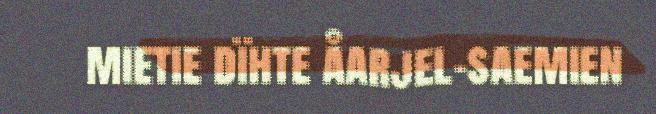
mietie dïhte åarjel-saemien